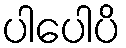
ပါပေါပိ